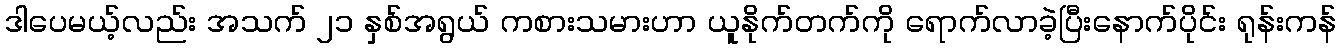
ဒါပေမယ့်လည်း အသက် ၂၁ နှစ်အရွယ် ကစားသမားဟာ ယူနိုက်တက်ကို ရောက်လာခဲ့ပြီးနောက်ပိုင်း ရုန်းကန်